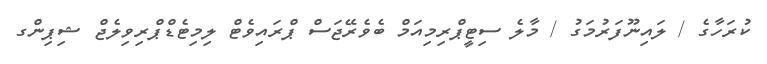
ކުރަހާގެ / ލައިނޫފަރުމަގު / މާލެ ސިޓީޕްރިމިއަމް ބެވެރޭޖަސް ޕްރައިވެޓް ލިމިޓެޑްޕްރިވިލެޖް ޝިޕިންގ